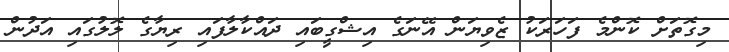
މިގޮތަށް ކޮންމެ ފަހަރަކު ޒެވިޔަން އޭނަގެ އިޝްގީބައި ދައްކާލާފައި ރިޔާގެ ލޮލުގައި އަދުން